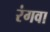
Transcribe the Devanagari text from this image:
रंगवा